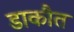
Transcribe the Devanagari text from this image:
डाकौत